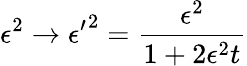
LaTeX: \epsilon^{2}\rightarrow{\epsilon^{\prime}}^{2}=\frac{\epsilon^{2}}{1+2\epsilon^{2}t}